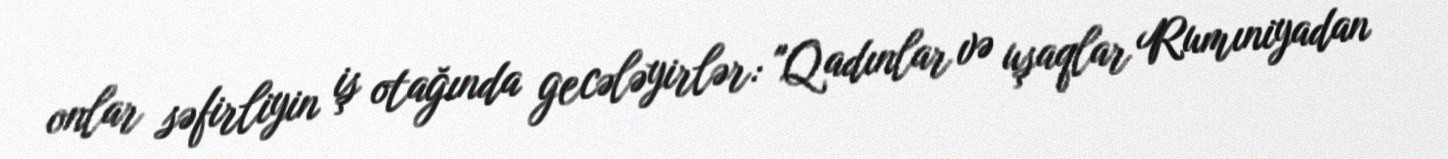
onlar səfirliyin iş otağında gecələyirlər: "Qadınlar və uşaqlar Rumıniyadan